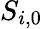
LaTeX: S_{i,0}